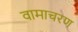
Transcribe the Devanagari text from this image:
वामाचरण